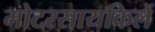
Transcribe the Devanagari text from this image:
मोटरसायकिलें